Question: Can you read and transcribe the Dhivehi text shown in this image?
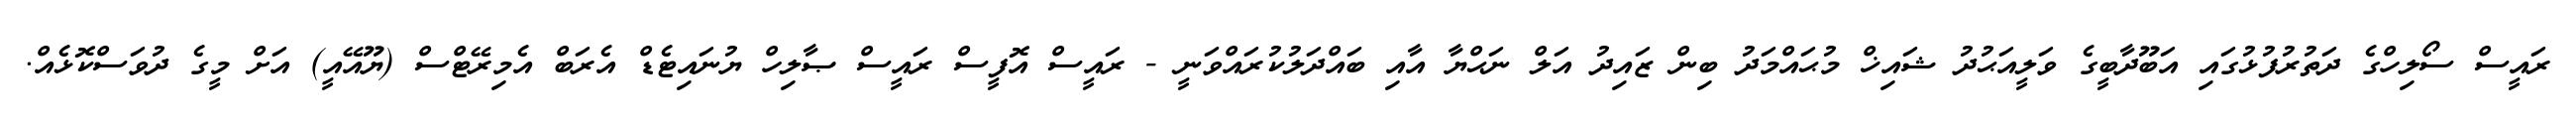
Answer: ރައީސް ސޯލިހްގެ ދަތުރުފުޅުގައި އަބޫދާބީގެ ވަލީއަޙުދު ޝައިޚް މުޙައްމަދު ބިން ޒައިދު އަލް ނަޙްޔާ އާއި ބައްދަލުކުރައްވަނީ - ރައީސް އޮފީސް ރައީސް ޞާލިހް ޔުނައިޓެޑް އެރަބް އެމިރޭޓްސް (ޔޫއޭއީ) އަށް މީގެ ދުވަސްކޮޅެއް.